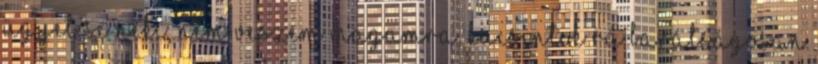
Ügyet se neki, nem veszem magamra. Kacsintok rá barátságosan